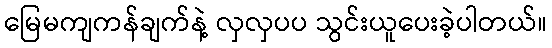
မြေမကျကန်ချက်နဲ့ လှလှပပ သွင်းယူပေးခဲ့ပါတယ်။